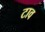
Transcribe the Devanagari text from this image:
टाव